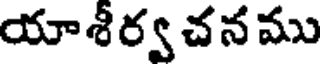
యాశీర్వ చన ము